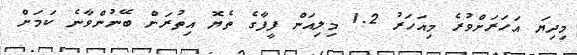
މިދިޔަ އަހަރަށްވުރެ މިއަހަރު 1.2 މިލިއަން ފީފާގެ ތެޔޮ އިތުރަށް ބޭނުންވާނެ ކަމަށް